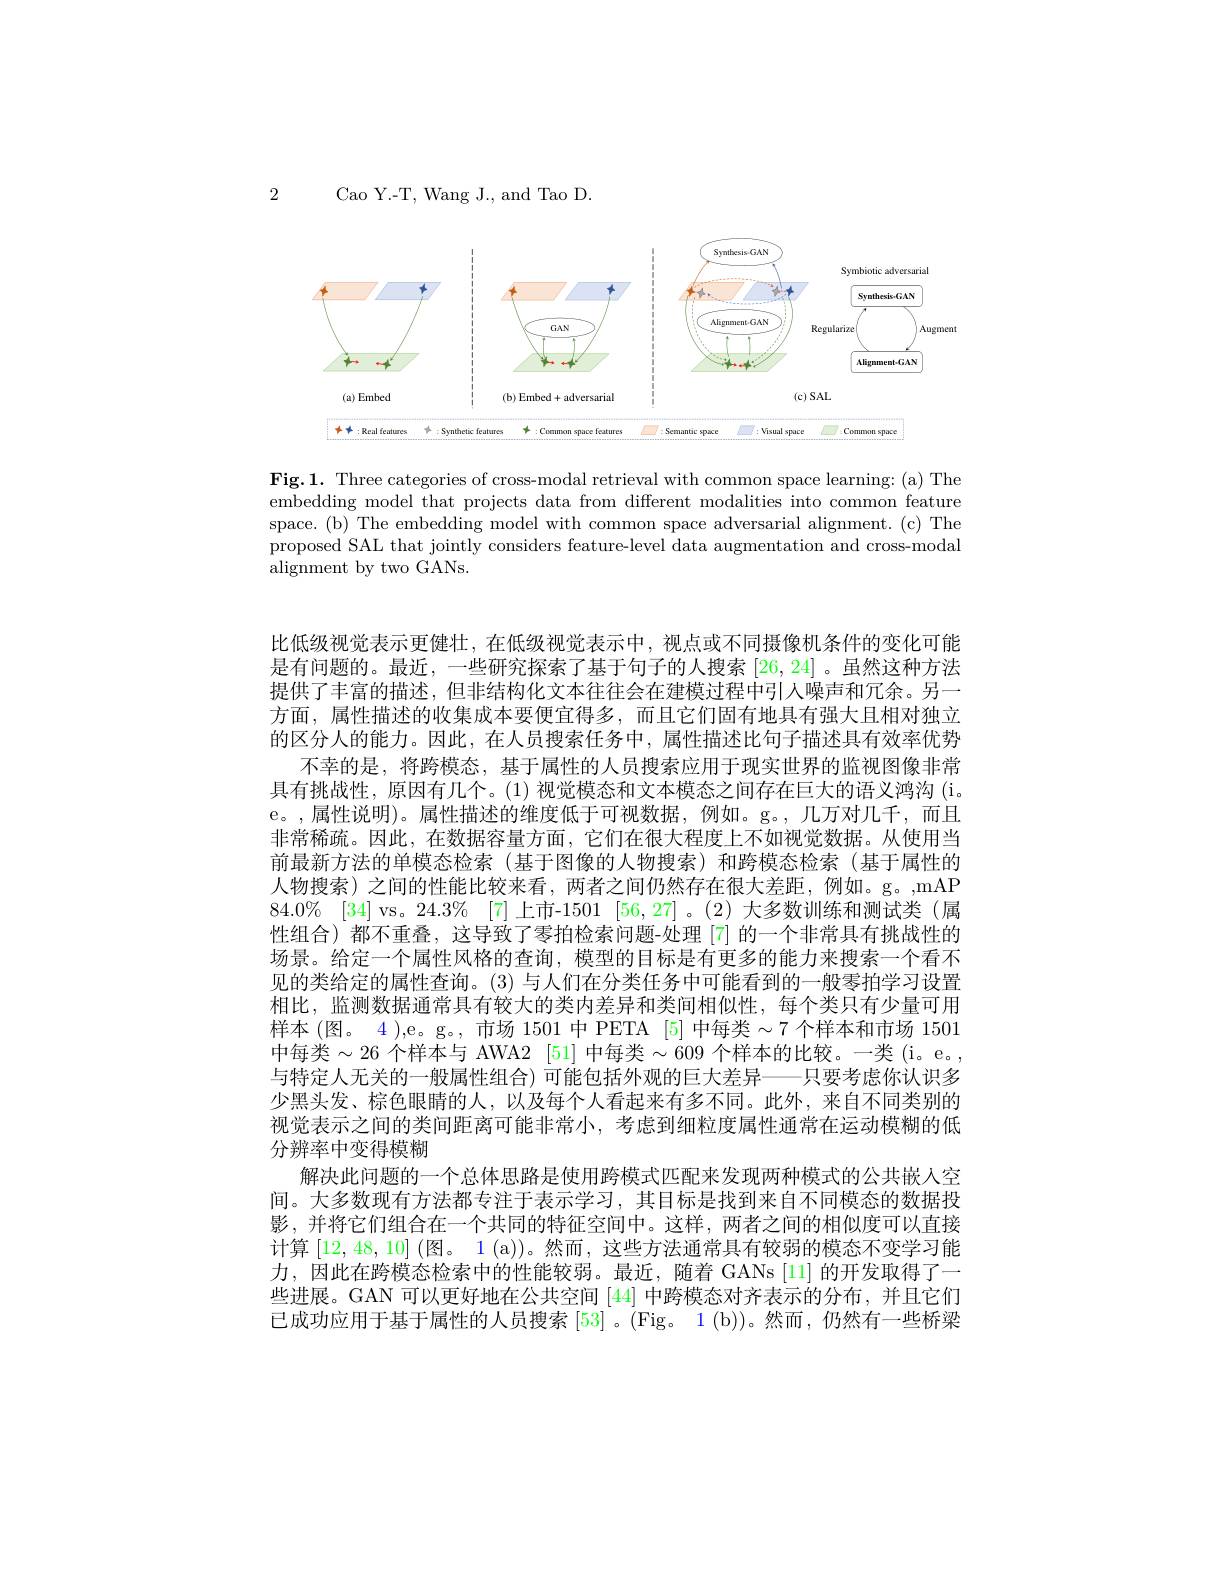
2

Cao Y.-T, Wang J., and Tao D.

<FigureHere>

Fig.1. Three categories of cross-modal retrieval with common space learning: (a) The embedding model that projects data from different modalities into common feature space.(b) The embedding model with common space adversarial alignment.(c) The proposed SAL that jointly considers feature-level data augmentation and cross-modal alignment by two GANs.

比低级视觉表示更健壮，在低级视觉表示中，视点或不同摄像机条件的变化可能是有问题的。最近，一些研究探索了基于句子的人搜索[26,24] 。虽然这种方法提供了丰富的描述，但非结构化文本往往会在建模过程中引人噪声和冗余。另一方面，属性描述的收集成本要便宜得多，而且它们固有地具有强大且相对独立的区分人的能力。因此，在人员搜索任务中，属性描述比句子描述具有效率优势
不幸的是，将跨模态，基于属性的人员搜索应用于现实世界的监视图像非常具有挑战性，原因有几个。(1) 视觉模态和文本模态之间存在巨大的语义鸿沟 (i。e。,属性说明)。属性描述的维度低于可视数据，例如。g。,几万对几千，而且非常稀疏。因此，在数据容量方面，它们在很大程度上不如视觉数据。从使用当前最新方法的单模态检索(基于图像的人物搜索)和跨模态检索(基于属性的人物搜索)之间的性能比较来看，两者之间仍然存在很大差距，例如。g。,mAP $84. 0\%$ [34] vs。24.3% [7] 上市-1501 [56,27]。(2) 大多数训练和测试类 (属性组合)都不重叠，这导致了零拍检索问题-处理[7]的一个非常具有挑战性的场景。给定一个属性风格的查询，模型的目标是有更多的能力来搜索一个看不见的类给定的属性查询。(3)与人们在分类任务中可能看到的一般零拍学习设置相比，监测数据通常具有较大的类内差异和类间相似性，每个类只有少量可用样本 (图。4 ),e。g。, 市场 1501 中 PETA [5] 中每类$\sim7$个样本和市场 1501中每类$\sim26$ 个样本与 AWA2 [51] 中每类$\sim609$ 个样本的比较。一类(i。e。, 与特定人无关的一般属性组合) 可能包括外观的巨大差异——只要考虑你认识多少黑头发、棕色眼睛的人，以及每个人看起来有多不同。此外，来自不同类别的视觉表示之间的类间距离可能非常小，考虑到细粒度属性通常在运动模糊的低分辨率中变得模糊
解决此问题的一个总体思路是使用跨模式匹配来发现两种模式的公共嵌人空间。大多数现有方法都专注于表示学习，其目标是找到来自不同模态的数据投影，并将它们组合在一个共同的特征空间中。这样，两者之间的相似度可以直接计算[12,48,10] (图。1 (a))。然而，这些方法通常具有较弱的模态不变学习能力，因此在跨模态检索中的性能较弱。最近，随着 GANs [11] 的开发取得了一些进展。GAN 可以更好地在公共空间[44]中跨模态对齐表示的分布，并且它们已成功应用于基于属性的人员搜索[53] 。(Fig。1(b))。然而，仍然有一些桥梁